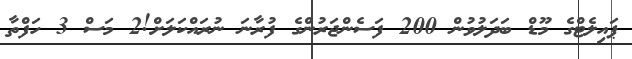
ޕައިލެޓްގެ މޫޑް ބަދަލުވުން 200 ފަސެންޖަރުންގެ ފުރާނަ ނުރައްކަލަށް!2 މަސް 3 ހަފްތާ